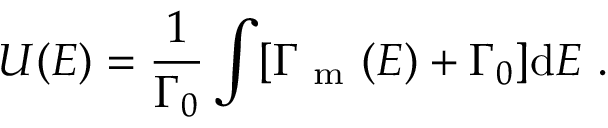
U ( E ) = \frac { 1 } { \Gamma _ { 0 } } \int [ \Gamma _ { \mathrm { ~ m ~ } } ( E ) + \Gamma _ { 0 } ] \mathrm { d } E \mathrm { ~ . ~ }